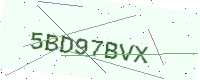
Text: 5BD97BVX